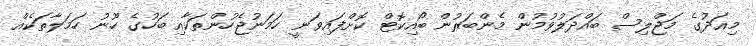
މިއަދުގެ މަޖްލިސް ބައްދަލުވުމުން މެންބަރުން ބޯއިކޮޓް ކޮށްފައިވަނީ ހަމަނުޖެހުންތަކާއި ބަހުގެ ހޫނު ހަމަލާތަކެއް